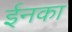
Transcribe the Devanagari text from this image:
ईनका